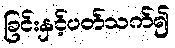
ခြင်းနှင့်ပတ်သက်၍